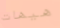
هيهات